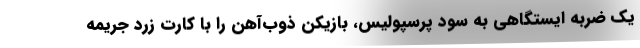
یک ضربه ایستگاهی به سود پرسپولیس، بازیکن ذوب‌آهن را با کارت زرد جریمه